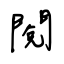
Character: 閱